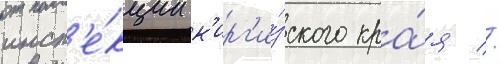
инсп'е́кции к'ирг'и́зского кра́я //